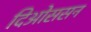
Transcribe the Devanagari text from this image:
दिओससन